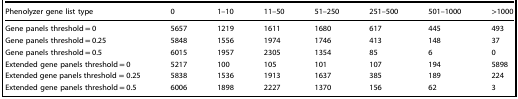
| Phenolyzer gene list type | 0 | 1–10 | 11–50 | 51–250 | 251–500 | 501–1000 | >1000 |
 | --- | --- | --- | --- | --- | --- | --- | --- |
 | Gene panels threshold = 0 | 5657 | 1219 | 1611 | 1680 | 617 | 445 | 493 |
 | Gene panels threshold = 0.25 | 5848 | 1556 | 1974 | 1746 | 413 | 148 | 37 |
 | Gene panels threshold = 0.5 | 6015 | 1957 | 2305 | 1354 | 85 | 6 | 0 |
 | Extended gene panels threshold = 0 | 5217 | 100 | 105 | 101 | 107 | 194 | 5898 |
 | Extended gene panels threshold = 0.25 | 5838 | 1536 | 1913 | 1637 | 385 | 189 | 224 |
 | Extended gene panels threshold = 0.5 | 6006 | 1898 | 2227 | 1370 | 156 | 62 | 3 |